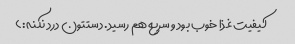
کیفیت غذا خوب بود و سریع هم رسید. دستتون درد نکنه:)